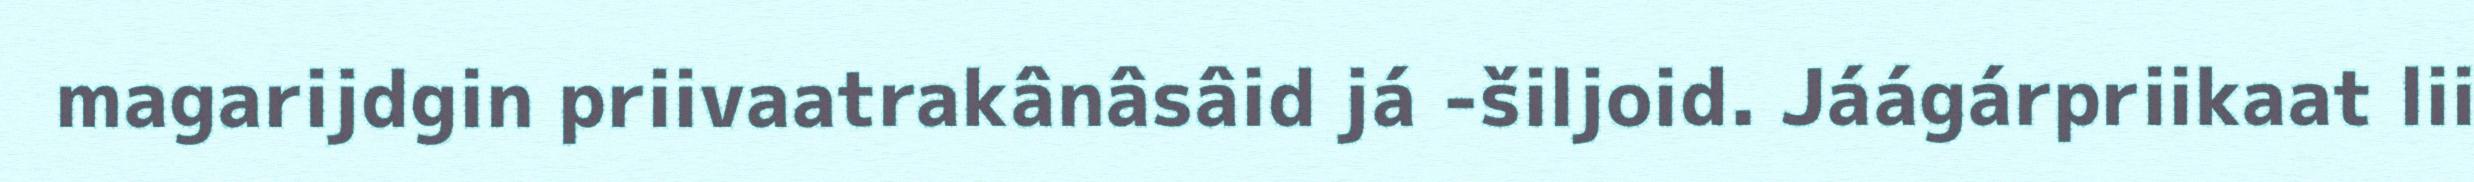
magarijdgin priivaatrakânâsâid já -šiljoid. Jáágárpriikaat lii